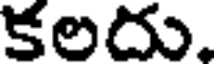
కలదు,